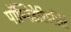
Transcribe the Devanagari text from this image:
पॉण्टिडेरिएसिई